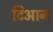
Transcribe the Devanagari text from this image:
टिआन